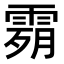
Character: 𩃴